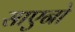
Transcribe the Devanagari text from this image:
साएनो